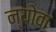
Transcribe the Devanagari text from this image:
न्योवा